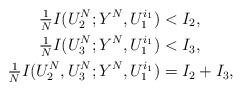
\begin{align*} \tfrac1N I(U_2^N;Y^N,U_1^{i_1}) &< I_2, \\ \tfrac1N I(U_3^N;Y^N,U_1^{i_1}) &< I_3, \\ \tfrac1N I(U_2^N,U_3^N;Y^N,U_1^{i_1}) &= I_2 + I_3,\end{align*}